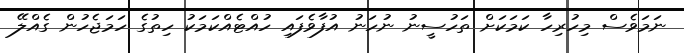
ނަމަވެސް މިހުރިހާ ކަމަކަށް ތަހުސީނު ނުހަނު އުފާވެފައި ހުއްޓެއްކަމަކު ހިތުގެ ހަމަޖެހުން ގެއްލޭ